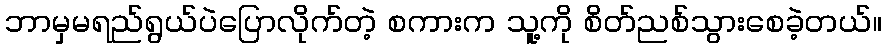
ဘာမှမရည်ရွယ်ပဲပြောလိုက်တဲ့ စကားက သူ့ကို စိတ်ညစ်သွားစေခဲ့တယ်။